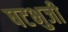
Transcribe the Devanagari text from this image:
षटभुजी